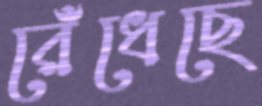
রেঁধেছে